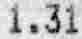
1.31